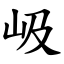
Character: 岋